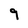
Character: 9